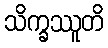
သိက္ခဿူတိ